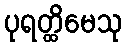
ပုရတ္ထိမေသု